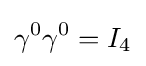
\gamma ^{0}\gamma ^{0}=I_{4}